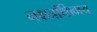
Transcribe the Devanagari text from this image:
नक्षत्रांशिवाय